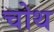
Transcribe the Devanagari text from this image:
चोथ